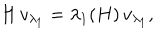
H \, v _ { \lambda _ { 1 } } = \lambda _ { 1 } ( H ) \, v _ { \lambda _ { 1 } } ,